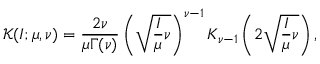
\mathcal { K } ( I ; \mu , \nu ) = \frac { 2 \nu } { \mu \Gamma ( \nu ) } \left( \sqrt { \frac { I } { \mu } \nu } \right) ^ { \nu - 1 } K _ { \nu - 1 } \left( 2 \sqrt { \frac { I } { \mu } \nu } \right) ,